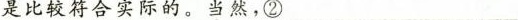
是比较符合实际的。当然，②___________